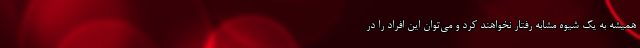
همیشه به یک شیوه مشابه رفتار نخواهند کرد و می‌توان این افراد را در